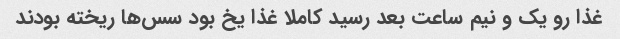
غذا رو یک و نیم ساعت بعد رسید کاملا غذا یخ بود سس‌ها ریخته بودند